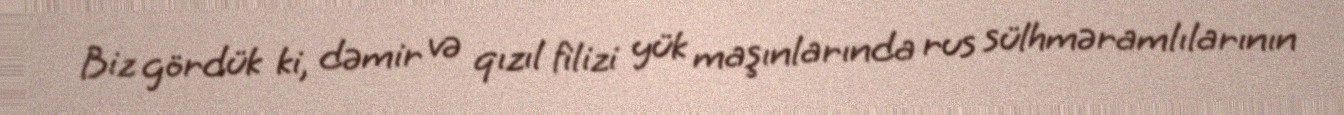
Biz gördük ki, dəmir və qızıl filizi yük maşınlarında rus sülhməramlılarının